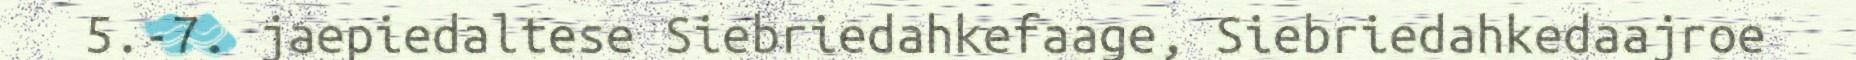
5.-7. jaepiedaltese Siebriedahkefaage, Siebriedahkedaajroe